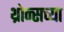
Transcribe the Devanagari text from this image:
थ्रोन्सच्या